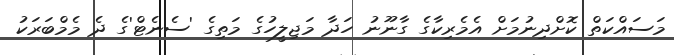
މަސައްކަތް ކޮށްދިނުމަށް އެމެރިކާގެ ގާނޫނު ހަދާ މަޖިލީހުގެ މަތިގެ 'ސެނެޓް'ގެ ދެ މެމްބަރަކު